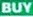
BUY